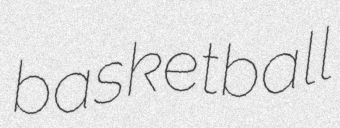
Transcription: basketball